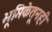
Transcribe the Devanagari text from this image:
भूमिकेतूनही